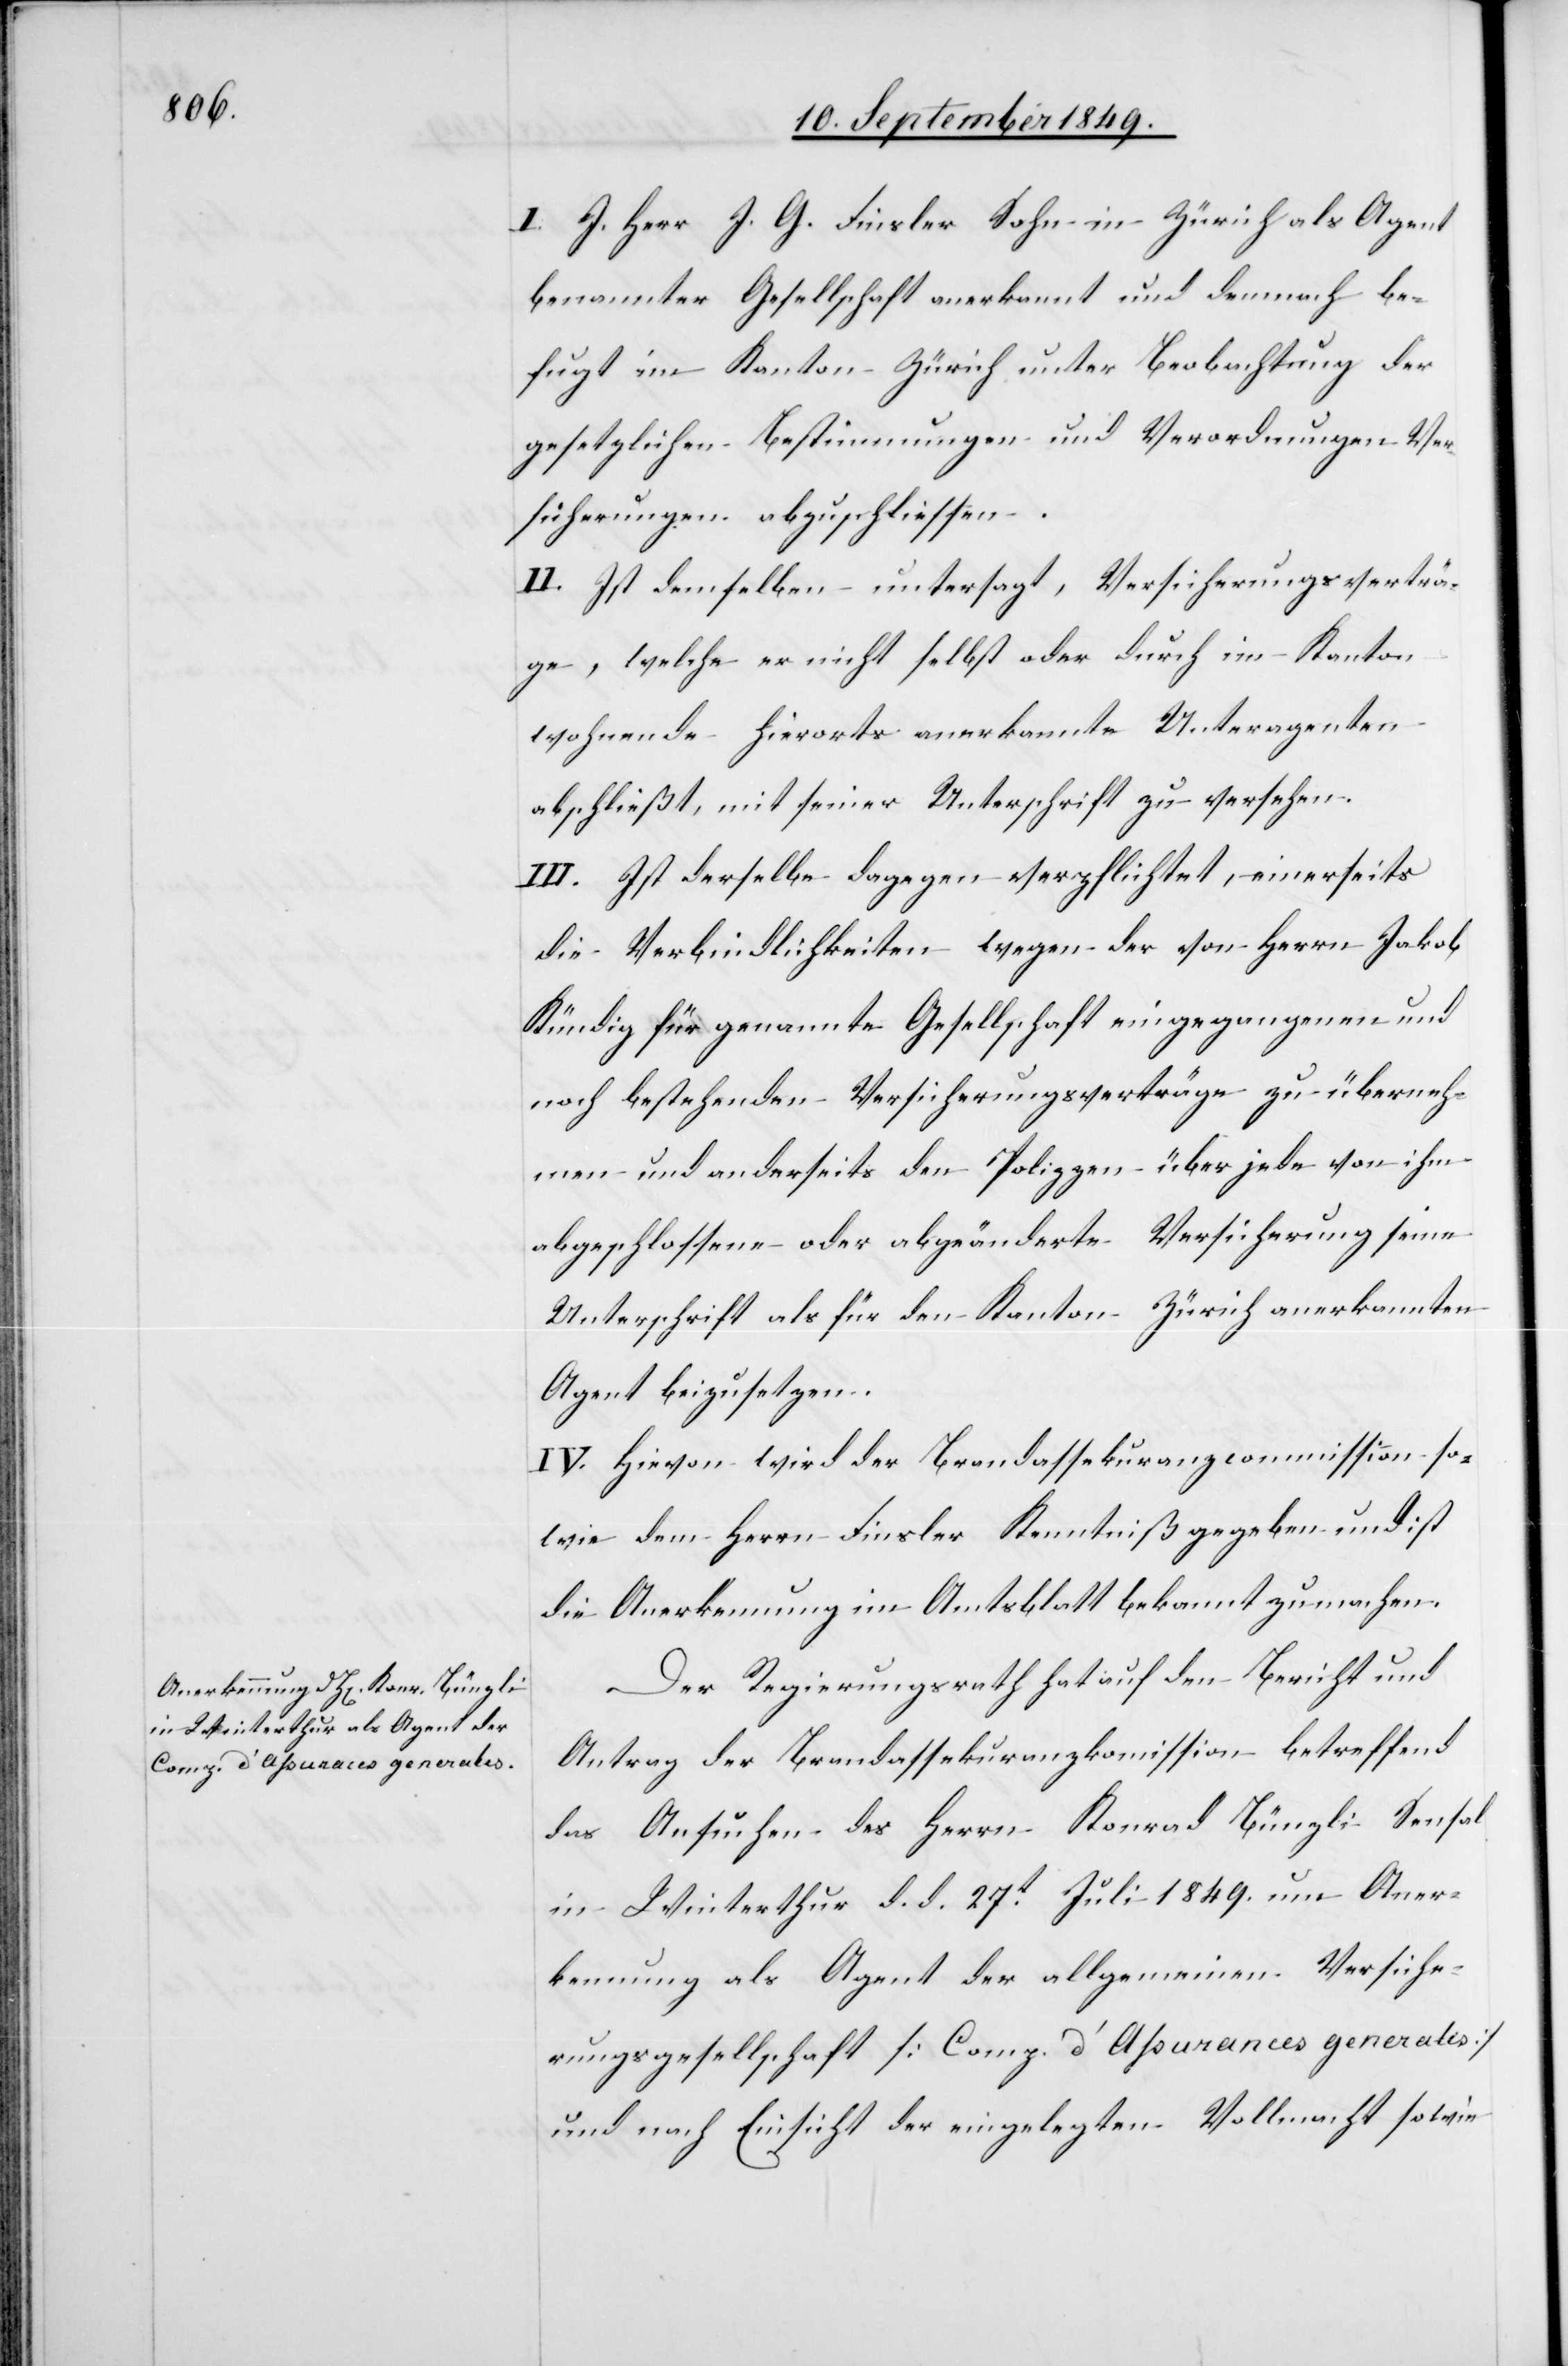
I. J. Herr J. G. Finsler Sohn in Zürich als Agent
benannter Gesellschaft anerkannt und demnach be¬
fugt im Kanton Zürich unter Beobachtung der
gesetzlichen Bestimmungen und Verordnungen Ver¬
sicherungen abzuschliessen.
II. Ist demselben untersagt, Versicherungsverträ¬
ge, welche er nicht selbst oder durch im Kanton
wohnende hierorts anerkannte Unteragenten
abschließt, mit seiner Unterschrift zu versehen.
III. Ist derselbe dagegen verpflichtet, einerseits
die Verbindlichkeiten wegen der von Herrn Jakob
Kündig für genannte Gesellschaft eingegangenen und
noch bestehenden Versicherungsverträge zu überneh¬
men und anderseits den Polizzen über jede von ihm
abgeschlossene oder abgeänderte Versicherung seine
Unterschrift als für den Kanton Zürich anerkannten
Agent beizusetzen.
IV. Hievon wird der Brandassekuranzcommission so¬
wie dem Herrn Finsler Kenntniß gegeben und ist
die Anerkennung im Amtsblatt bekannt zu machen.
Der Regierungsrath hat auf den Bericht und
Antrag der Brandassekuranzkomission betreffend
das Ansuchen des Herrn Konrad Bünzli Sensal
in Winterthur d. d. 27t Juli 1849. um Aner¬
kennung als Agent der allgemeinen Versiche¬
rungsgesellschaft [Comp. d’Assurances generales]
und nach Einsicht der eingelegten Vollmacht sowie